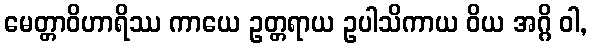
မေတ္တာဝိဟာရိဿ ကာယေ ဥတ္တရာယ ဥပါသိကာယ ဝိယ အဂ္ဂိ ဝါ,